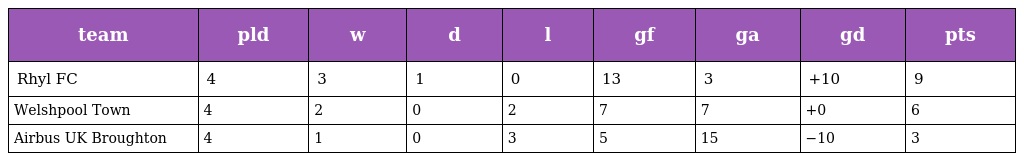
| team | pld | w | d | l | gf | ga | gd | pts |
 | --- | --- | --- | --- | --- | --- | --- | --- | --- |
 | Rhyl FC | 4 | 3 | 1 | 0 | 13 | 3 | +10 | 9 |
 | Welshpool Town | 4 | 2 | 0 | 2 | 7 | 7 | +0 | 6 |
 | Airbus UK Broughton | 4 | 1 | 0 | 3 | 5 | 15 | −10 | 3 |